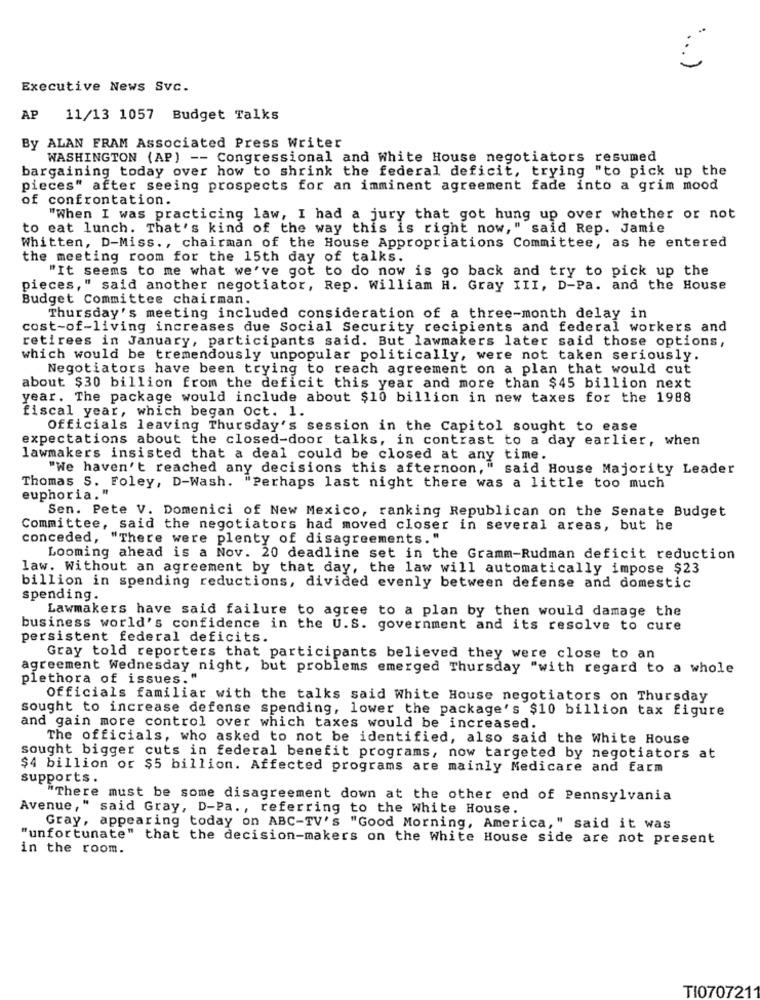
Executive News Svc.
AP
11/13 1057 Budget Talks
By ALAN FRAM Associated Press Writer
WASHINGTON (AP) -- Congressional and White House negotiators resumed
bargaining today over how to shrink the federal deficit, trying "to pick up the
pieces" after seeing prospects for an imminent agreement fade into a grim mood
of confrontation.
"When I was practicing law, I had a jury that got hung up over whether or not
to eat lunch. That's kind of the way this is right now," said Rep. Jamie
Whitten, D-Miss ., chairman of the House Appropriations Committee, as he entered
the meeting room for the 15th day of talks.
"It seems to me what we've got to do now is go back and try to pick up the
pieces," said another negotiator, Rep. William H. Gray III, D-Pa. and the House
Budget Committee chairman.
Thursday's meeting included consideration of a three-month delay in
cost-of-living increases due Social Security recipients and federal workers and
retirees in January, participants said. But lawmakers later said those options,
which would be tremendously unpopular politically, were not taken seriously.
Negotiators have been trying to reach agreement on a plan that would cut
about $30 billion from the deficit this year and more than $45 billion next
year. The package would include about $10 billion in new taxes for the 1988
fiscal year, which began Oct. 1.
Officials leaving Thursday's session in the Capitol sought to ease
expectations about the closed-door talks, in contrast to a day earlier, when
lawmakers insisted that a deal could be closed at any time.
"We haven't reached any decisions this afternoon," said House Majority Leader
Thomas S. Foley, D-Wash. "Perhaps last night there was a little too much
euphoria."
Sen. Pete V. Domenici of New Mexico, ranking Republican on the Senate Budget
Committee, said the negotiators had moved closer in several areas, but he
conceded, "There were plenty of disagreements. "
Looming ahead is a Nov. 20 deadline set in the Gramm-Rudman deficit reduction
law. Without an agreement by that day, the law will automatically impose $23
billion in spending reductions, divided evenly between defense and domestic
spending.
Lawmakers have said failure to agree to a plan by then would damage the
business world's confidence in the U.S. government and its resolve to cure
persistent federal deficits.
Gray told reporters that participants believed they were close to an
agreement Wednesday night, but problems emerged Thursday "with regard to a whole
plethora of issues."
Officials familiar with the talks said White House negotiators on Thursday
sought to increase defense spending, lower the package's $10 billion tax figure
and gain more control over which taxes would be increased.
The officials, who asked to not be identified, also said the White House
sought bigger cuts in federal benefit programs, now targeted by negotiators at
$4 billion or $5 billion. Affected programs are mainly Medicare and farm
supports.
"There must be some disagreement down at the other end of Pennsylvania
Avenue," said Gray, D-Pa ., referring to the white House.
Gray, appearing today on ABC-TV's "Good Morning, America," said it was
"unfortunate" that the decision-makers on the White House side are not present
in the room.
TI070721